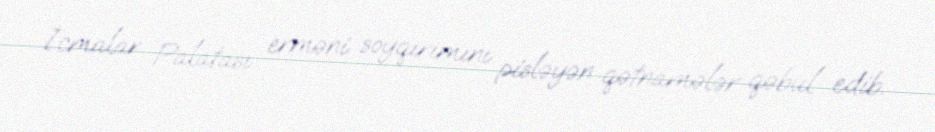
İcmalar Palatası erməni soyqırımını pisləyən qətnamələr qəbul edib.